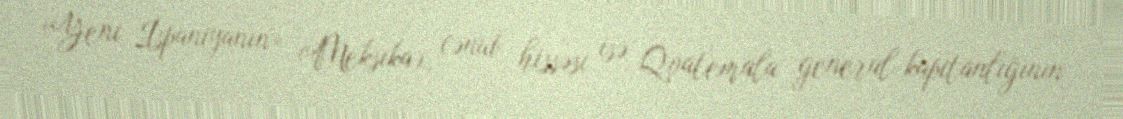
«Yeni İspaniyanın» (Meksika), cənub hissəsi isə Qvatemala general-kapitanlığının